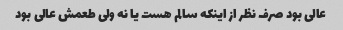
عالی بود صرف نظر از اینکه سالم هست یا نه ولی طعمش عالی بود